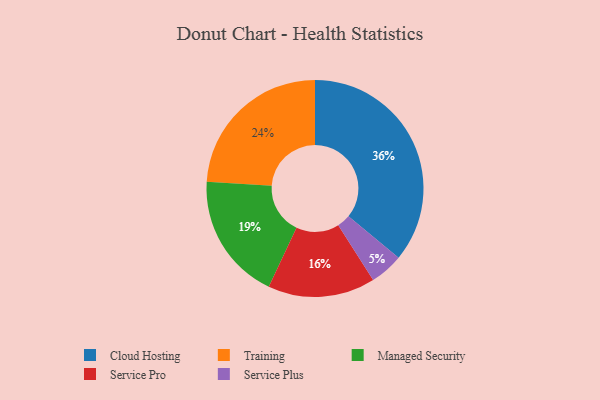
{"axis": {"x": "Category", "y": "Percentage"}, "legend": ["Cloud Hosting", "Managed Security", "Service Plus", "Service Pro", "Training"], "data": [{"x": "Managed Security", "y": 19, "type": "Managed Security"}, {"x": "Service Plus", "y": 5, "type": "Service Plus"}, {"x": "Training", "y": 24, "type": "Training"}, {"x": "Service Pro", "y": 16, "type": "Service Pro"}, {"x": "Cloud Hosting", "y": 36, "type": "Cloud Hosting"}]}